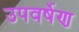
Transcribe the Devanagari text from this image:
उपवर्षेण